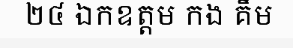
២៤ ឯកឧត្តម កង គឹម